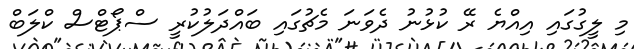
މި ލީގުގައި އިއްޔެ ރޭ ކުޅުނު ދެވަނަ މެޗުގައި ބައްދަލުކުރީ ސްޕޯޓްސް ކްލަބް